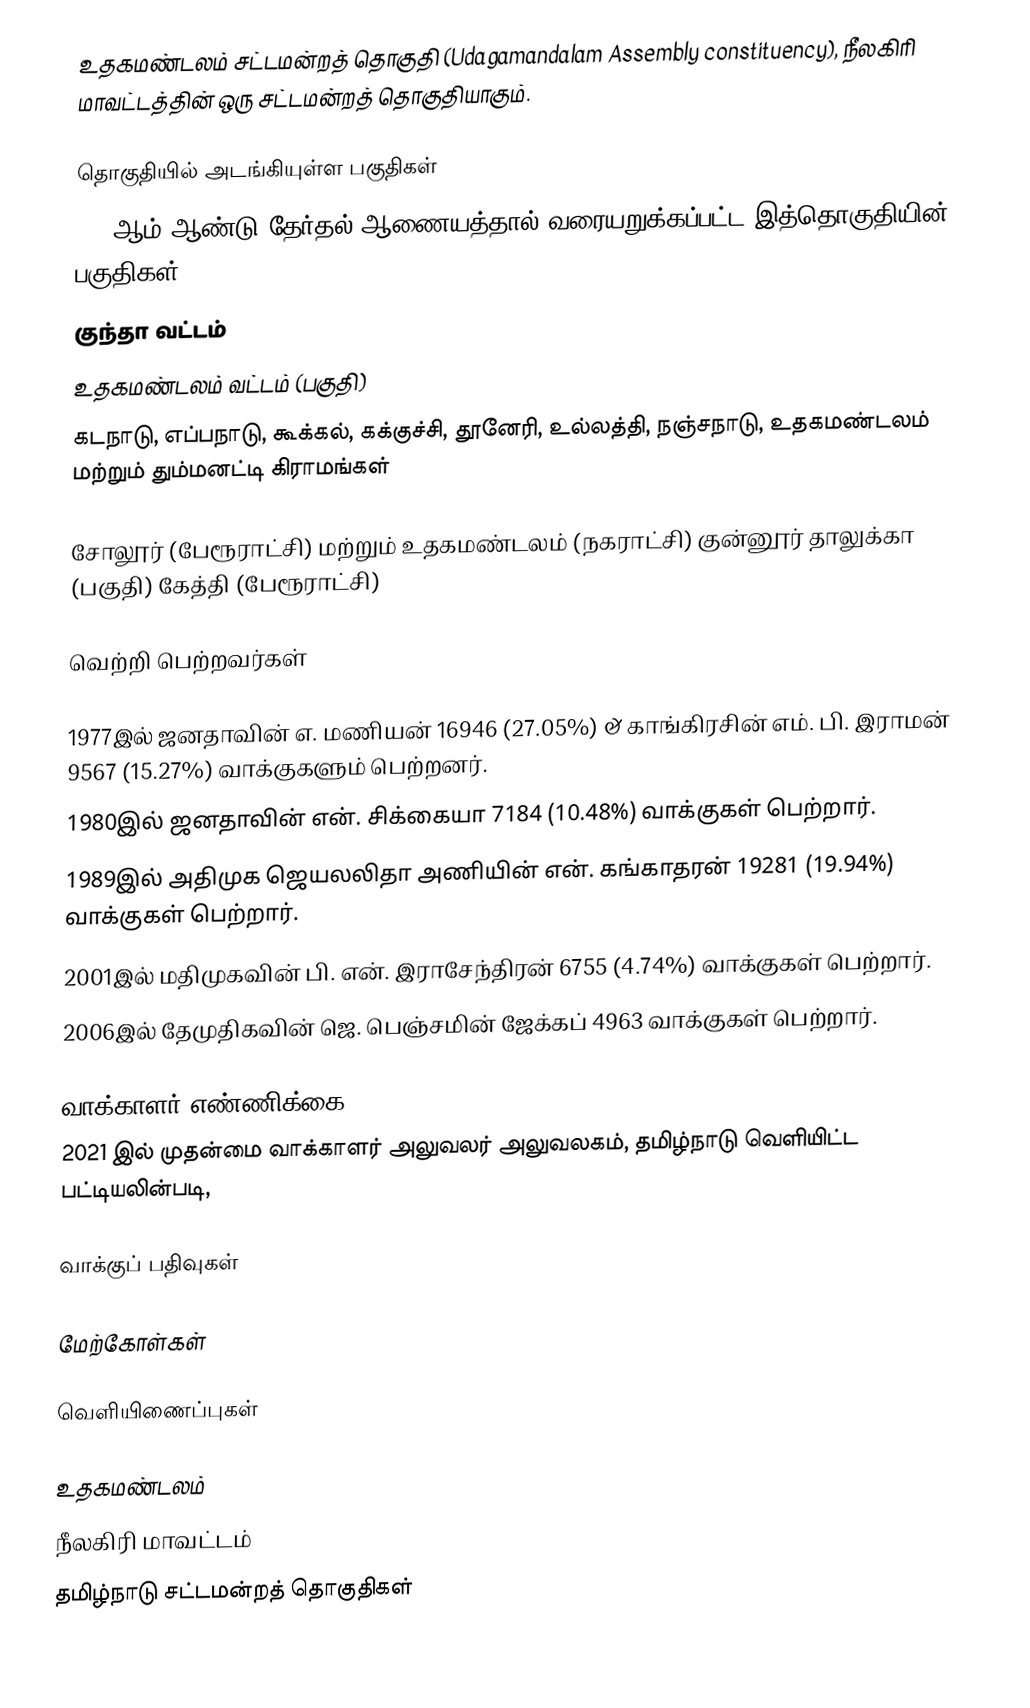
உதகமண்டலம் சட்டமன்றத் தொகுதி (Udagamandalam Assembly constituency), நீலகிரி மாவட்டத்தின் ஒரு சட்டமன்றத் தொகுதியாகும்.

தொகுதியில் அடங்கியுள்ள பகுதிகள்
2008ஆம் ஆண்டு தேர்தல் ஆணையத்தால் வரையறுக்கப்பட்ட இத்தொகுதியின் பகுதிகள்:
குந்தா வட்டம்
உதகமண்டலம் வட்டம் (பகுதி)
கடநாடு, எப்பநாடு, கூக்கல், கக்குச்சி, தூனேரி, உல்லத்தி, நஞ்சநாடு, உதகமண்டலம் மற்றும் தும்மனட்டி கிராமங்கள்

சோலூர் (பேரூராட்சி) மற்றும் உதகமண்டலம் (நகராட்சி) குன்னூர் தாலுக்கா (பகுதி) கேத்தி (பேரூராட்சி)

வெற்றி பெற்றவர்கள்

1977இல் ஜனதாவின் எ. மணியன் 16946 (27.05%) & காங்கிரசின் எம். பி. இராமன் 9567 (15.27%) வாக்குகளும் பெற்றனர்.
1980இல் ஜனதாவின் என். சிக்கையா 7184 (10.48%) வாக்குகள் பெற்றார்.
1989இல்  அதிமுக ஜெயலலிதா அணியின் என். கங்காதரன் 19281 (19.94%) வாக்குகள் பெற்றார்.
2001இல் மதிமுகவின் பி. என். இராசேந்திரன் 6755 (4.74%) வாக்குகள் பெற்றார்.
2006இல் தேமுதிகவின் ஜெ. பெஞ்சமின் ஜேக்கப் 4963 வாக்குகள் பெற்றார்.

வாக்காளர் எண்ணிக்கை
2021 இல் முதன்மை வாக்காளர் அலுவலர் அலுவலகம், தமிழ்நாடு வெளியிட்ட பட்டியலின்படி,

வாக்குப் பதிவுகள்

மேற்கோள்கள்

வெளியிணைப்புகள்

உதகமண்டலம்
நீலகிரி மாவட்டம்
தமிழ்நாடு சட்டமன்றத் தொகுதிகள்